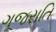
ગૂજરાતિ